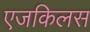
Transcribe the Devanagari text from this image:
एजकिलस